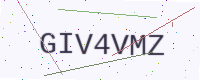
Text: GIV4VMZ